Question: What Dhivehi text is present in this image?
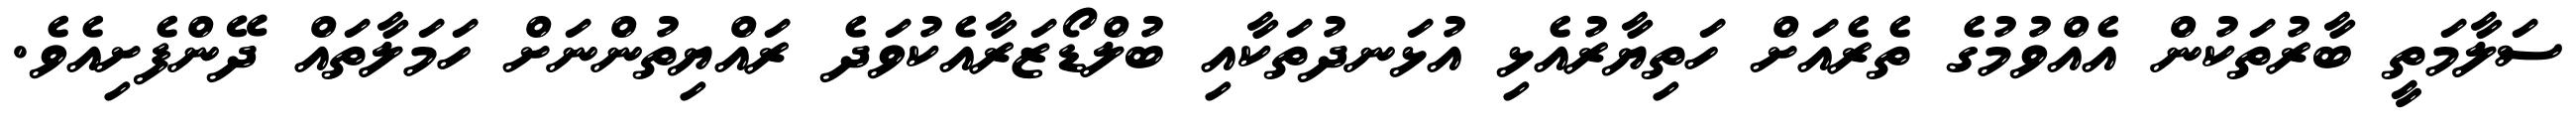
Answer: ސަލާމަތީ ބާރުތަކުން އެއްވުމުގެ ތެރެއަށް ހަތިޔާރުއެޅި އުޅަނދުތަކާއި ބުލްޑޯޒަރާއެކުވަދެ ރައްޔިތުންނަށް ހަމަލާތައް ދޭންފެށިއެވެ.